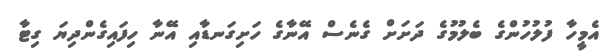
އެމީހާ ފުލުހުންގެ ބެލުމުގެ ދަށަށް ގެނެސް އޭނާގެ ހަށިގަނޑާއި އޭނާ ހިފައިގެންދިޔަ ގިޓާ